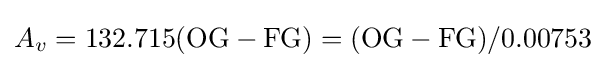
A_{v}=132.715({\text{OG}}-{\text{FG}})=({\text{OG}}-{\text{FG}})/0.00753